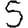
Digit: 5